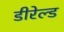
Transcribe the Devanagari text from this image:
डीरेल्ड